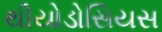
થીયોડોસિયસ